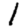
Digit: 1